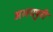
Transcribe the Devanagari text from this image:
अभयपुरी